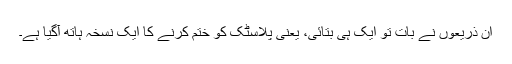
ان ذریعوں نے بات تو ایک ہی بتائی، یعنی پلاسٹک کو ختم کرنے کا ایک نسخہ ہاتھ آگیا ہے۔